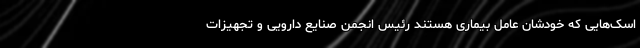
اسک‌هایی که خودشان عامل بیماری هستند رئیس انجمن صنایع دارویی و تجهیزات